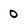
Character: 0